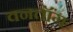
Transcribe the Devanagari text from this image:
वनतॉंग